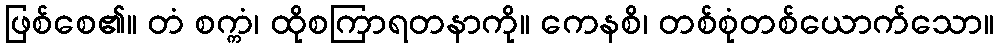
ဖြစ်စေ၏။ တံ စက္ကံ၊ ထိုစကြာရတနာကို။ ကေနစိ၊ တစ်စုံတစ်ယောက်သော။